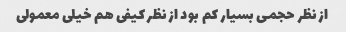
از نظر حجمی بسیار کم بود از نظر کیفی هم خیلی معمولی